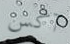
آكس